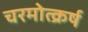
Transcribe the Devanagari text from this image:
चरमोत्क्रर्ष